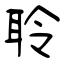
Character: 聆